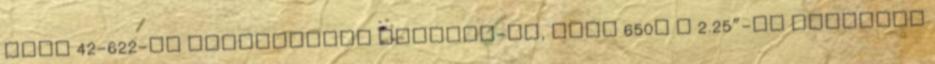
bele 42-622-es Continental Contact-ot, vagy 650B x 2.25”-os Schwalbe